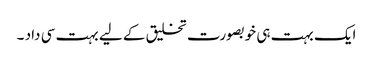
ایک بہت ہی خوبصورت تخلیق کے لیے بہت سی داد ۔